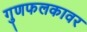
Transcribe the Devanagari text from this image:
गुणफलकावर